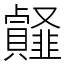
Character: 䪥